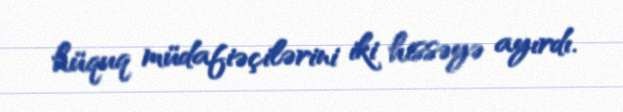
hüquq müdafiəçilərini iki hissəyə ayırdı.